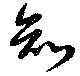
知